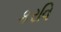
કરવિ